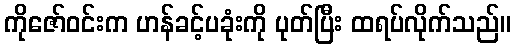
ကိုဇော်ဝင်းက ဟန်ခင့်ပခုံးကို ပုတ်ပြီး ထရပ်လိုက်သည်။